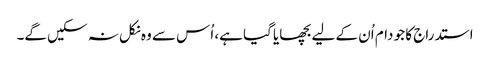
استدراج کا جو دام اُن کے لیے بچھایا گیا ہے، اُس سے وہ نکل نہ سکیں گے۔